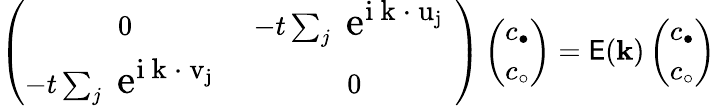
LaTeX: \left(\begin{array}{cc}{{0}}&{{-t\sum_{j}\mathrm{\Large~e^{i{\mathbf~k~\cdot~u}_{j}}~}}}\\ {{-t\sum_{j}\mathrm{\Large~e^{i{\mathbf~k~\cdot~v}_{j}}~}}}&{{0}}\end{array}\right)\left(\begin{array}{c}{{c_{\bullet}}}\\ {{c_{\circ}}}\end{array}\right)=\mathsf{E}({\mathbf{k}})\left(\begin{array}{c}{{c_{\bullet}}}\\ {{c_{\circ}}}\end{array}\right)